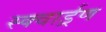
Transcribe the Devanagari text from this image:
स्क्वार्ड्रण